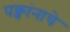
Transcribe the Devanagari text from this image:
पक्वांनाचे